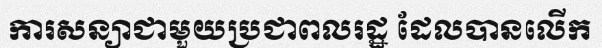
ការសន្យាជាមួយប្រជាពលរដ្ឋ ដែលបានលើក